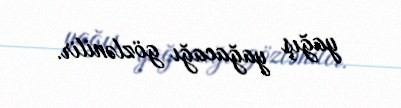
yağış yağacağı gözlənilir.